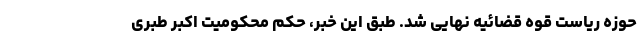
حوزه ریاست قوه قضائیه نهایی شد. طبق این خبر، حکم محکومیت اکبر طبری